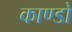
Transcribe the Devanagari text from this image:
काण्डो